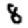
Digit: 8